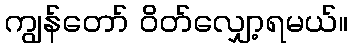
ကျွန်တော် ဝိတ်လျှော့ရမယ်။